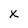
Character: k